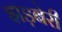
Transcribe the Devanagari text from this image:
झड़बेरी